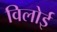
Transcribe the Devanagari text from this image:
विलोई